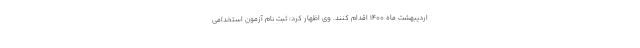
اردیبهشت ماه ۱۴۰۰ اقدام کنند. وی اظهار کرد: ثبت نام آزمون استخدامی